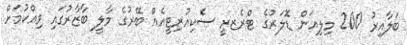
ބަލާއިރު 200 މިލިއަން ޑޮލަރުގެ ޓްރެޒރީ ސެކިއުރިޓީއެއް ބޭރުގެ މާލީ ބާޒާރުގައި ވިއްކުމަށް